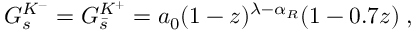
G _ { s } ^ { K ^ { - } } = G _ { \bar { s } } ^ { K ^ { + } } = a _ { 0 } ( 1 - z ) ^ { \lambda - \alpha _ { R } } ( 1 - 0 . 7 z ) \; ,